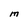
Character: M